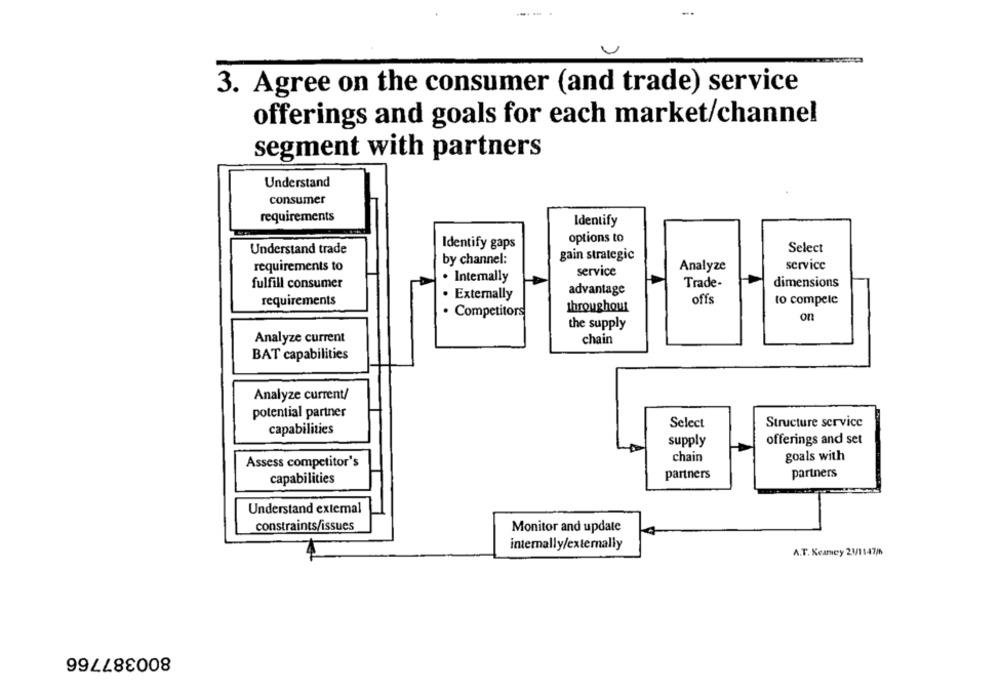
3. Agree on the consumer (and trade) service
offerings and goals for each market/channel
segment with partners
Understand
consumer
requirements
Identify
options to
Identify gaps
Select
Understand trade
gain strategic
by channel:
service
requirements to
service
Analyze
Intemally
fulfill consumer
Trade-
dimensions
advantage
· Externally
requirements
offs
to compete
throughout
· Competitors
on
the supply
Analyze current
chain
BAT capabilities
Analyze current/
potential partner
Select
Structure service
capabilities
supply
offerings and set
chain
goals with
Assess competitor's
partners
partners
capabilities
Understand extemal
constraints/issues
Monitor and update
internally/externally
A.T. Kearney 21/1147/h
800387766